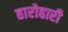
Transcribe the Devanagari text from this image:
हारोहारी